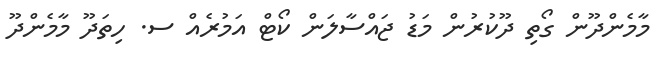
މާމެންދޫން ގޯތި ދޫކުރުން މަޑު ޖައްސާލަން ކޯޓް އަމުރެއް ސ. ހިތަދޫ މާމެންދޫ